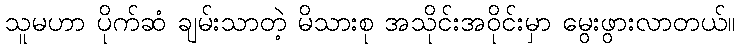
သူမဟာ ပိုက်ဆံ ချမ်းသာတဲ့ မိသားစု အသိုင်းအဝိုင်းမှာ မွေးဖွားလာတယ်။